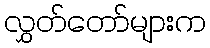
လွှတ်တော်များက